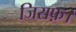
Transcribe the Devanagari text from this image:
जिराफ़।